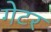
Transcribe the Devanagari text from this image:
गेटर